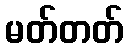
မတ်တတ်